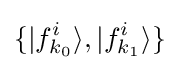
\{|f_{k_{0}}^{i}\rangle ,|f_{k_{1}}^{i}\rangle \}